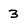
Character: 3